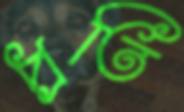
প্রতি